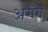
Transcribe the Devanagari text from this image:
अमँग